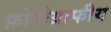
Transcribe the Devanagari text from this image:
फ़ोटोग्राफीय